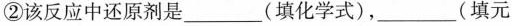
②该反应中还原剂是___(填化学式)，___(填元